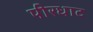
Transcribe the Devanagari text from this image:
पीरधाट